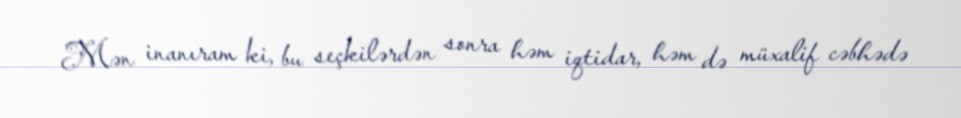
Mən inanıram ki, bu seçkilərdən sonra həm iqtidar, həm də müxalif cəbhədə